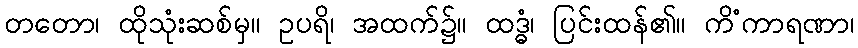
တတော၊ ထိုသုံးဆစ်မှ။ ဥပရိ၊ အထက်၌။ ထဒ္ဓံ၊ ပြင်းထန်၏။ ကိံကာရဏာ၊